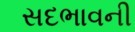
સદભાવની